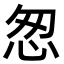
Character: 怱